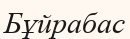
Бұйрабас